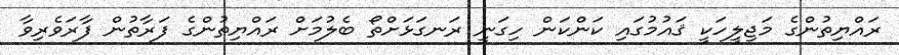
ރައްޔިތުންގެ މަޖިލީހަކީ ޤައުމުގައި ކަންކަން ހިގަނީ ރަނގަޅަށްތޯ ބެލުމަށް ރައްޔިތުންގެ ފަރާތުން ފާރަވެރިވާ